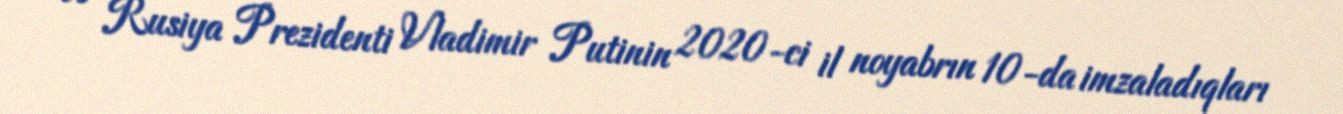
və Rusiya Prezidenti Vladimir Putinin 2020-ci il noyabrın 10-da imzaladıqları